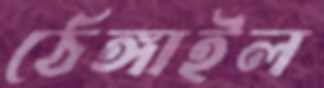
ঠেঙ্গাইল